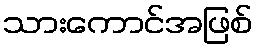
သားကောင်အဖြစ်